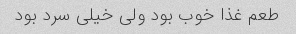
طعم غذا خوب بود ولی خیلی سرد بود